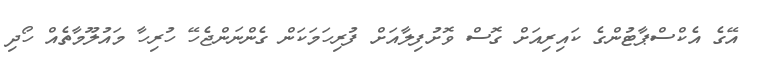
އޭގެ އެކްސްޕާޓުންގެ ކައިރިއަށް ގޮސް ވޮށުފިލާއަށް ފުރިހަމަކަން ގެންނަންޖެހޭ ހުރިހާ މައުލޫމާތެއް ހޯދި